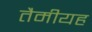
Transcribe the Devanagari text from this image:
तैमीयह